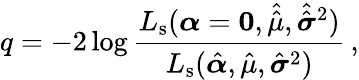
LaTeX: q=-2\log\frac{L_{\mathrm{s}}(\boldsymbol{\alpha}=\boldsymbol{0},\hat{\hat{\mu}},\hat{\hat{\boldsymbol{\sigma}}}^{2})}{L_{\mathrm{s}}(\hat{\boldsymbol{\alpha}},\hat{\mu},\hat{\boldsymbol{\sigma}}^{2})}\, ,